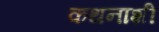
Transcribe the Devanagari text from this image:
कथनाशी